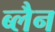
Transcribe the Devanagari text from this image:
ब्लैन